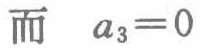
而 \(a_{3}=0\)